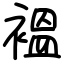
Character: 褞